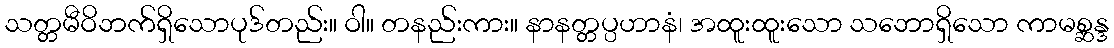
သတ္တမီဝိဘက်ရှိသောပုဒ်တည်း။ ဝါ။ တနည်းကား။ နာနတ္တပ္ပဟာနံ၊ အထူးထူးသော သဘောရှိသော ကာမစ္ဆန္ဒ